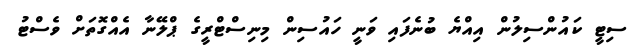
ސިޓީ ކައުންސިލުން އިއްޔެ ބުނެފައި ވަނީ ހައުސިން މިނިސްޓްރީގެ ޕްލޭނާ އެއްގޮތަށް ވެސްޓު